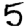
Digit: 5